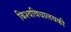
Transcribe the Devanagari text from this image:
बिश्वविधालयकी